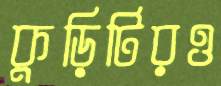
কুড়িটিরও